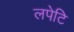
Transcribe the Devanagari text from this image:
लपेटि